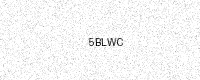
Text: 5BLWC